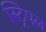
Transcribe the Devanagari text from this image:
स्ट्रिपल